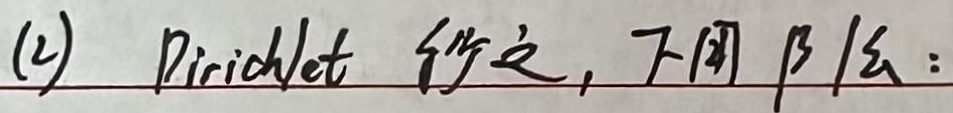
(2) Dirichlet行之，下用 $\beta$ 法：